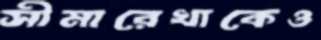
সীমারেখাকেও